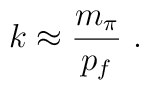
k \approx \frac{m_{\pi}}{p_f} \ .